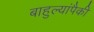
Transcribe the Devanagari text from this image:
बाहुल्यांपैकी